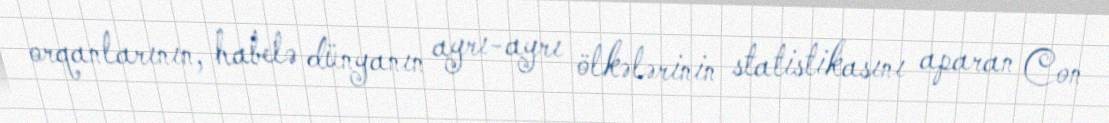
orqanlarının, habelə dünyanın ayrı-ayrı ölkələrinin statistikasını aparan Con